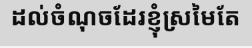
ដល់ចំណុចដែរខ្ញុំស្រមៃតែ